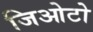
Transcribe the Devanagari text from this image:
जिओटो